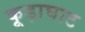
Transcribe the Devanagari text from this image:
कूड़ाघाट